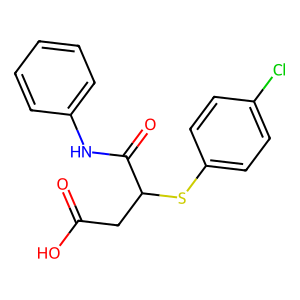
SMILES: O=C(O)CC(Sc1ccc(Cl)cc1)C(=O)Nc1ccccc1
Inhibits HIV replication: No